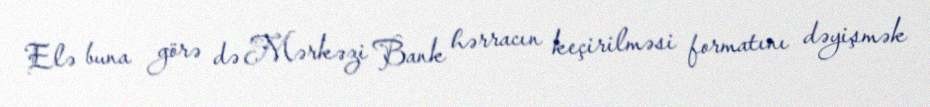
Elə buna görə də Mərkəzi Bank hərracın keçirilməsi formatını dəyişmək